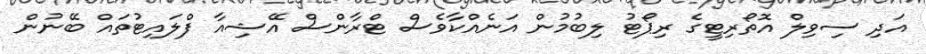
އަދި ސިވިލް އޮތޯރިޓީގެ ރިޕޯޓު ލިބުމުން އަނެއްކާވެސް ޓްރާންސް އޭޝިއާ ފްލައިޓުތައް ބޭނުން